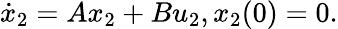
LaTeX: {\dot{x}}_{2}=Ax_{2}+Bu_{2},x_{2}(0)=0.